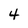
Character: 4